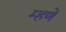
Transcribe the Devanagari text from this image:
म्हणें